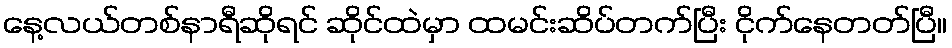
နေ့လယ်တစ်နာရီဆိုရင် ဆိုင်ထဲမှာ ထမင်းဆိပ်တက်ပြီး ငိုက်နေတတ်ပြီ။